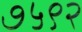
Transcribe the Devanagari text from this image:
७५९२